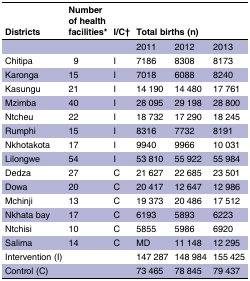
<table><thead><tr><td><b>Districts</b></td><td><b>Number of health facilities*</b></td><td><b>I/C†</b></td><td colspan="3"><b>Total births (n)</b></td></tr></thead><tbody><tr><td></td><td></td><td></td><td>2011</td><td>2012</td><td>2013</td></tr><tr><td>Chitipa</td><td>9</td><td>I</td><td>7186</td><td>8308</td><td>8173</td></tr><tr><td>Karonga</td><td>15</td><td>I</td><td>7018</td><td>6088</td><td>8240</td></tr><tr><td>Kasungu</td><td>21</td><td>I</td><td>14 190</td><td>14 480</td><td>17 761</td></tr><tr><td>Mzimba</td><td>40</td><td>I</td><td>28 095</td><td>29 198</td><td>28 800</td></tr><tr><td>Ntcheu</td><td>22</td><td>I</td><td>18 732</td><td>17 290</td><td>18 245</td></tr><tr><td>Rumphi</td><td>15</td><td>I</td><td>8316</td><td>7732</td><td>8191</td></tr><tr><td>Nkhotakota</td><td>17</td><td>I</td><td>9940</td><td>9966</td><td>10 031</td></tr><tr><td>Lilongwe</td><td>54</td><td>I</td><td>53 810</td><td>55 922</td><td>55 984</td></tr><tr><td>Dedza</td><td>27</td><td>C</td><td>21 627</td><td>22 685</td><td>23 501</td></tr><tr><td>Dowa</td><td>20</td><td>C</td><td>20 417</td><td>12 647</td><td>12 986</td></tr><tr><td>Mchinji</td><td>13</td><td>C</td><td>19 373</td><td>20 486</td><td>17 512</td></tr><tr><td>Nkhata bay</td><td>17</td><td>C</td><td>6193</td><td>5893</td><td>6223</td></tr><tr><td>Ntchisi</td><td>10</td><td>C</td><td>5855</td><td>5986</td><td>6920</td></tr><tr><td>Salima</td><td>14</td><td>C</td><td>MD</td><td>11 148</td><td>12 295</td></tr><tr><td>Intervention (I)</td><td></td><td></td><td>147 287</td><td>148 984</td><td>155 425</td></tr><tr><td>Control (C)</td><td></td><td></td><td>73 465</td><td>78 845</td><td>79 437</td></tr></tbody></table>